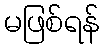
မဖြစ်ရန်